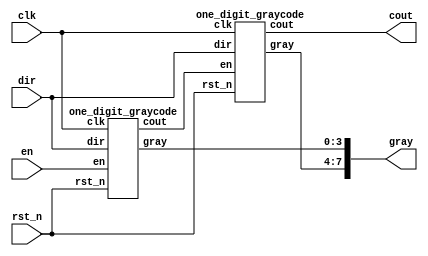
module lab2_2(clk, rst_n, en, dir, gray, cout); 
	input clk, rst_n, en, dir;
	output [7:0] gray; 
	output cout;
	wire tmp_cout;

	one_digit_graycode odg0(.clk(clk), .rst_n(rst_n), .en(en), .dir(dir), .gray(gray[3:0]), .cout(tmp_cout));
	one_digit_graycode odg1(.clk(clk), .rst_n(rst_n), .en(tmp_cout), .dir(dir), .gray(gray[7:4]), .cout(cout));
 
endmodule

module one_digit_graycode(clk, rst_n, en, dir, gray, cout);
	input clk, rst_n, en, dir;
	reg [3:0] bin_count;
	output reg [3:0] gray; 
	output cout;

	always @(negedge clk, negedge rst_n) begin
		if (rst_n == 1'b0) begin
			gray = 4'b0000;
			bin_count = 4'b0000;
		end
		else begin // rst_n == 1
			if (en == 1'b1) begin // enable
				if (dir == 1'b1) begin // count UP
					bin_count = bin_count + 1'b1;  
					gray = {bin_count[3], bin_count[3]^bin_count[2], bin_count[2]^bin_count[1], bin_count[1]^bin_count[0]};
				end
				else begin // count DOWN
					bin_count = bin_count - 1'b1;   
					gray = {bin_count[3], bin_count[3]^bin_count[2], bin_count[2]^bin_count[1], bin_count[1]^bin_count[0]};
				end
			end
			else begin // disable
				gray = gray;
				bin_count = bin_count;
			end
		end
	end
	assign cout = ((gray==4'b1000 && dir==1'b1 && en==1) || (gray==4'b0000 && dir==1'b0 && en==1)) ? 1'b1 : 1'b0 ;

endmodule